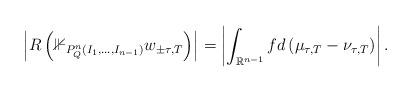
LaTeX: \begin{align*}\left|R\left(\mathbb{1}_{P_{Q}^{n}\left(I_{1},\dots,I_{n-1}\right)}w_{\pm\tau,T}\right)\right|=\left|\int_{\mathbb{R}^{n-1}}fd\left(\mu_{\tau,T}-\nu_{\tau,T}\right)\right|.\end{align*}